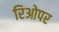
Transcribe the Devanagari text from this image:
रिओपर